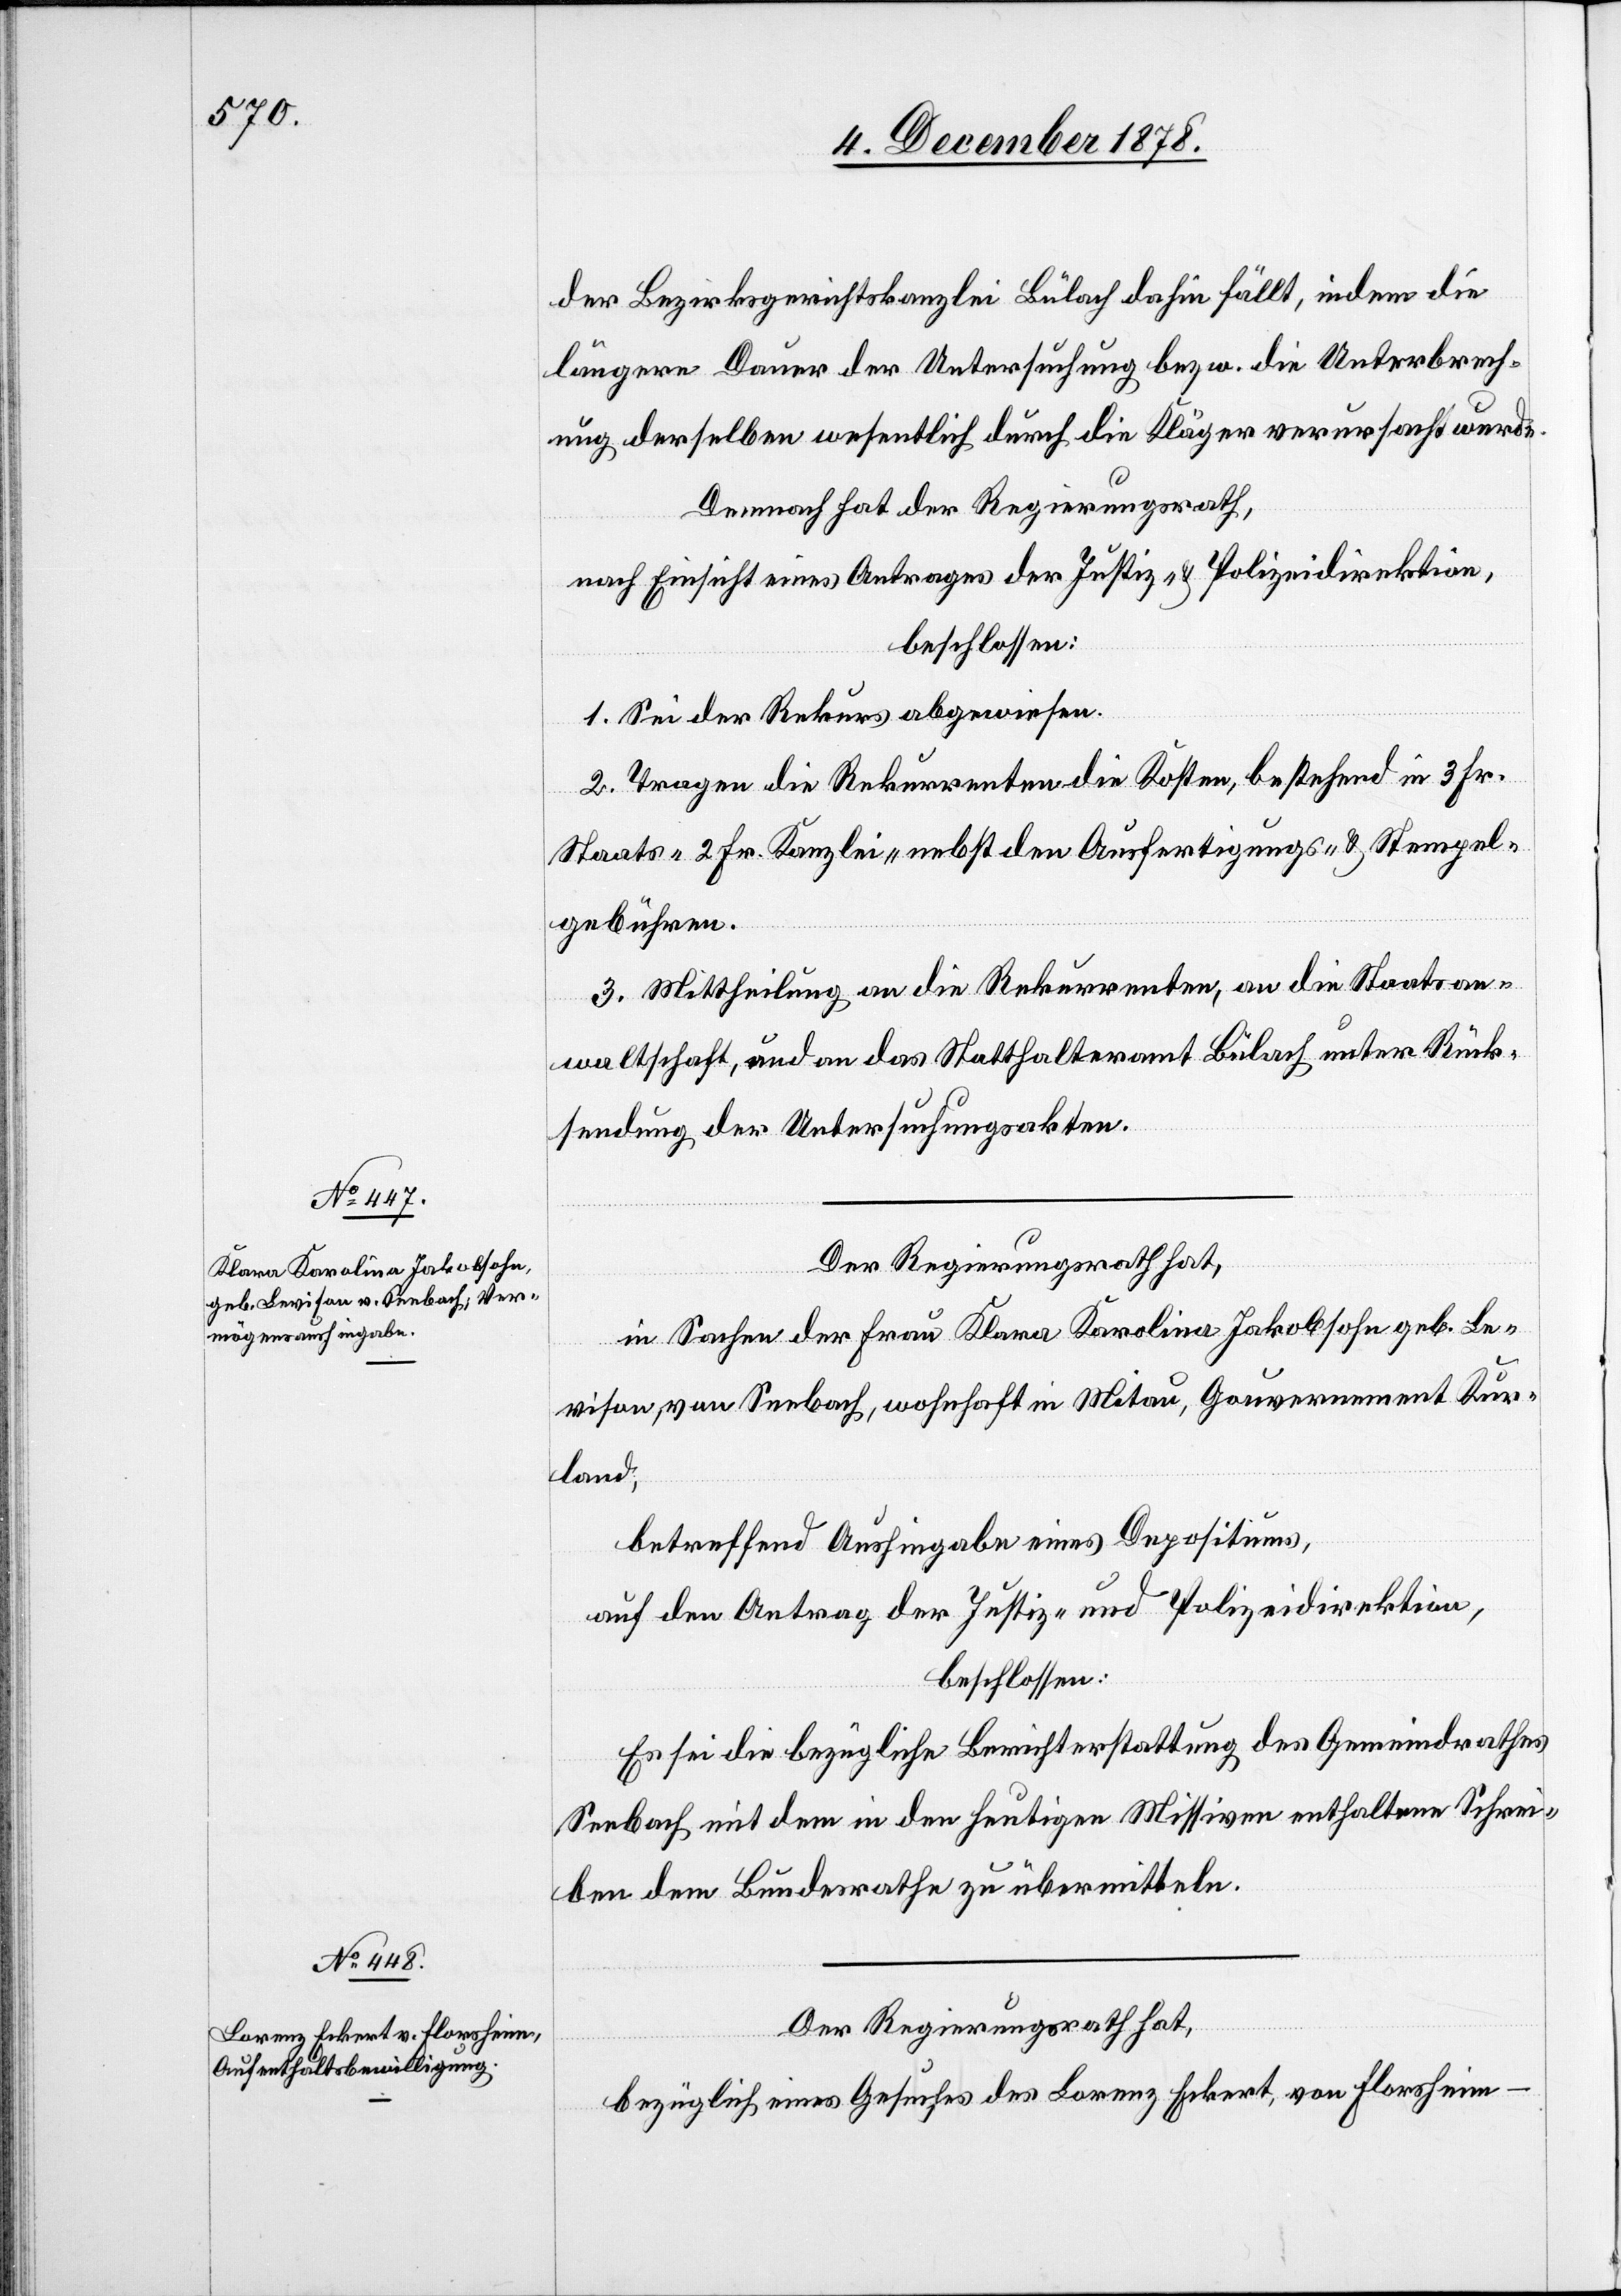
der Bezirksgerichtskanzlei Bülach dahin fällt, indem die
längere Dauer der Untersuchung bezw. die Unterbrech¬
ung derselben wesentlich durch die Kläger verursacht wurde.
Demnach hat der Regierungsrath,
nach Einsicht eines Antrages der Justiz- & Polizeidirektion,
beschlossen:
1. Sei der Rekurs abgewiesen.
2. Tragen die Rekurrenten die Kosten, bestehend in 3 Fr.
Staats-[,] 2 Fr. Kanzlei- nebst den Ausfertigungs- und Stempel¬
gebühren.
3. Mittheilung an die Rekurrenten, an die Staatsan¬
waltschaft, und an das Statthalteramt Bülach unter Rück¬
sendung der Untersuchungsakten.
Der Regierungsrath hat,
in Sachen der Frau Klara Karolina Jakobsohn geb. Le¬
vison, von Seebach, wohnhaft in Mitau, Gouvernement Kur¬
land,
betreffend Aushingabe eines Depositums,
auf den Antrag der Justiz- und Polizeidirektion,
beschlossen:
Es sei die bezügliche Berichterstattung des Gemeindrathes
Seebach mit dem in den heutigen Missiven enthaltenen Schrei¬
ben dem Bundesrathe zu übermitteln.
Der Regierungsrath hat,
bezüglich eines Gesuches des Lorenz Eckert, von Florsheim